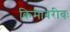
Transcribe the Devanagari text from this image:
किमावरीवः